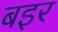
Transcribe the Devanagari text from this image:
बइर